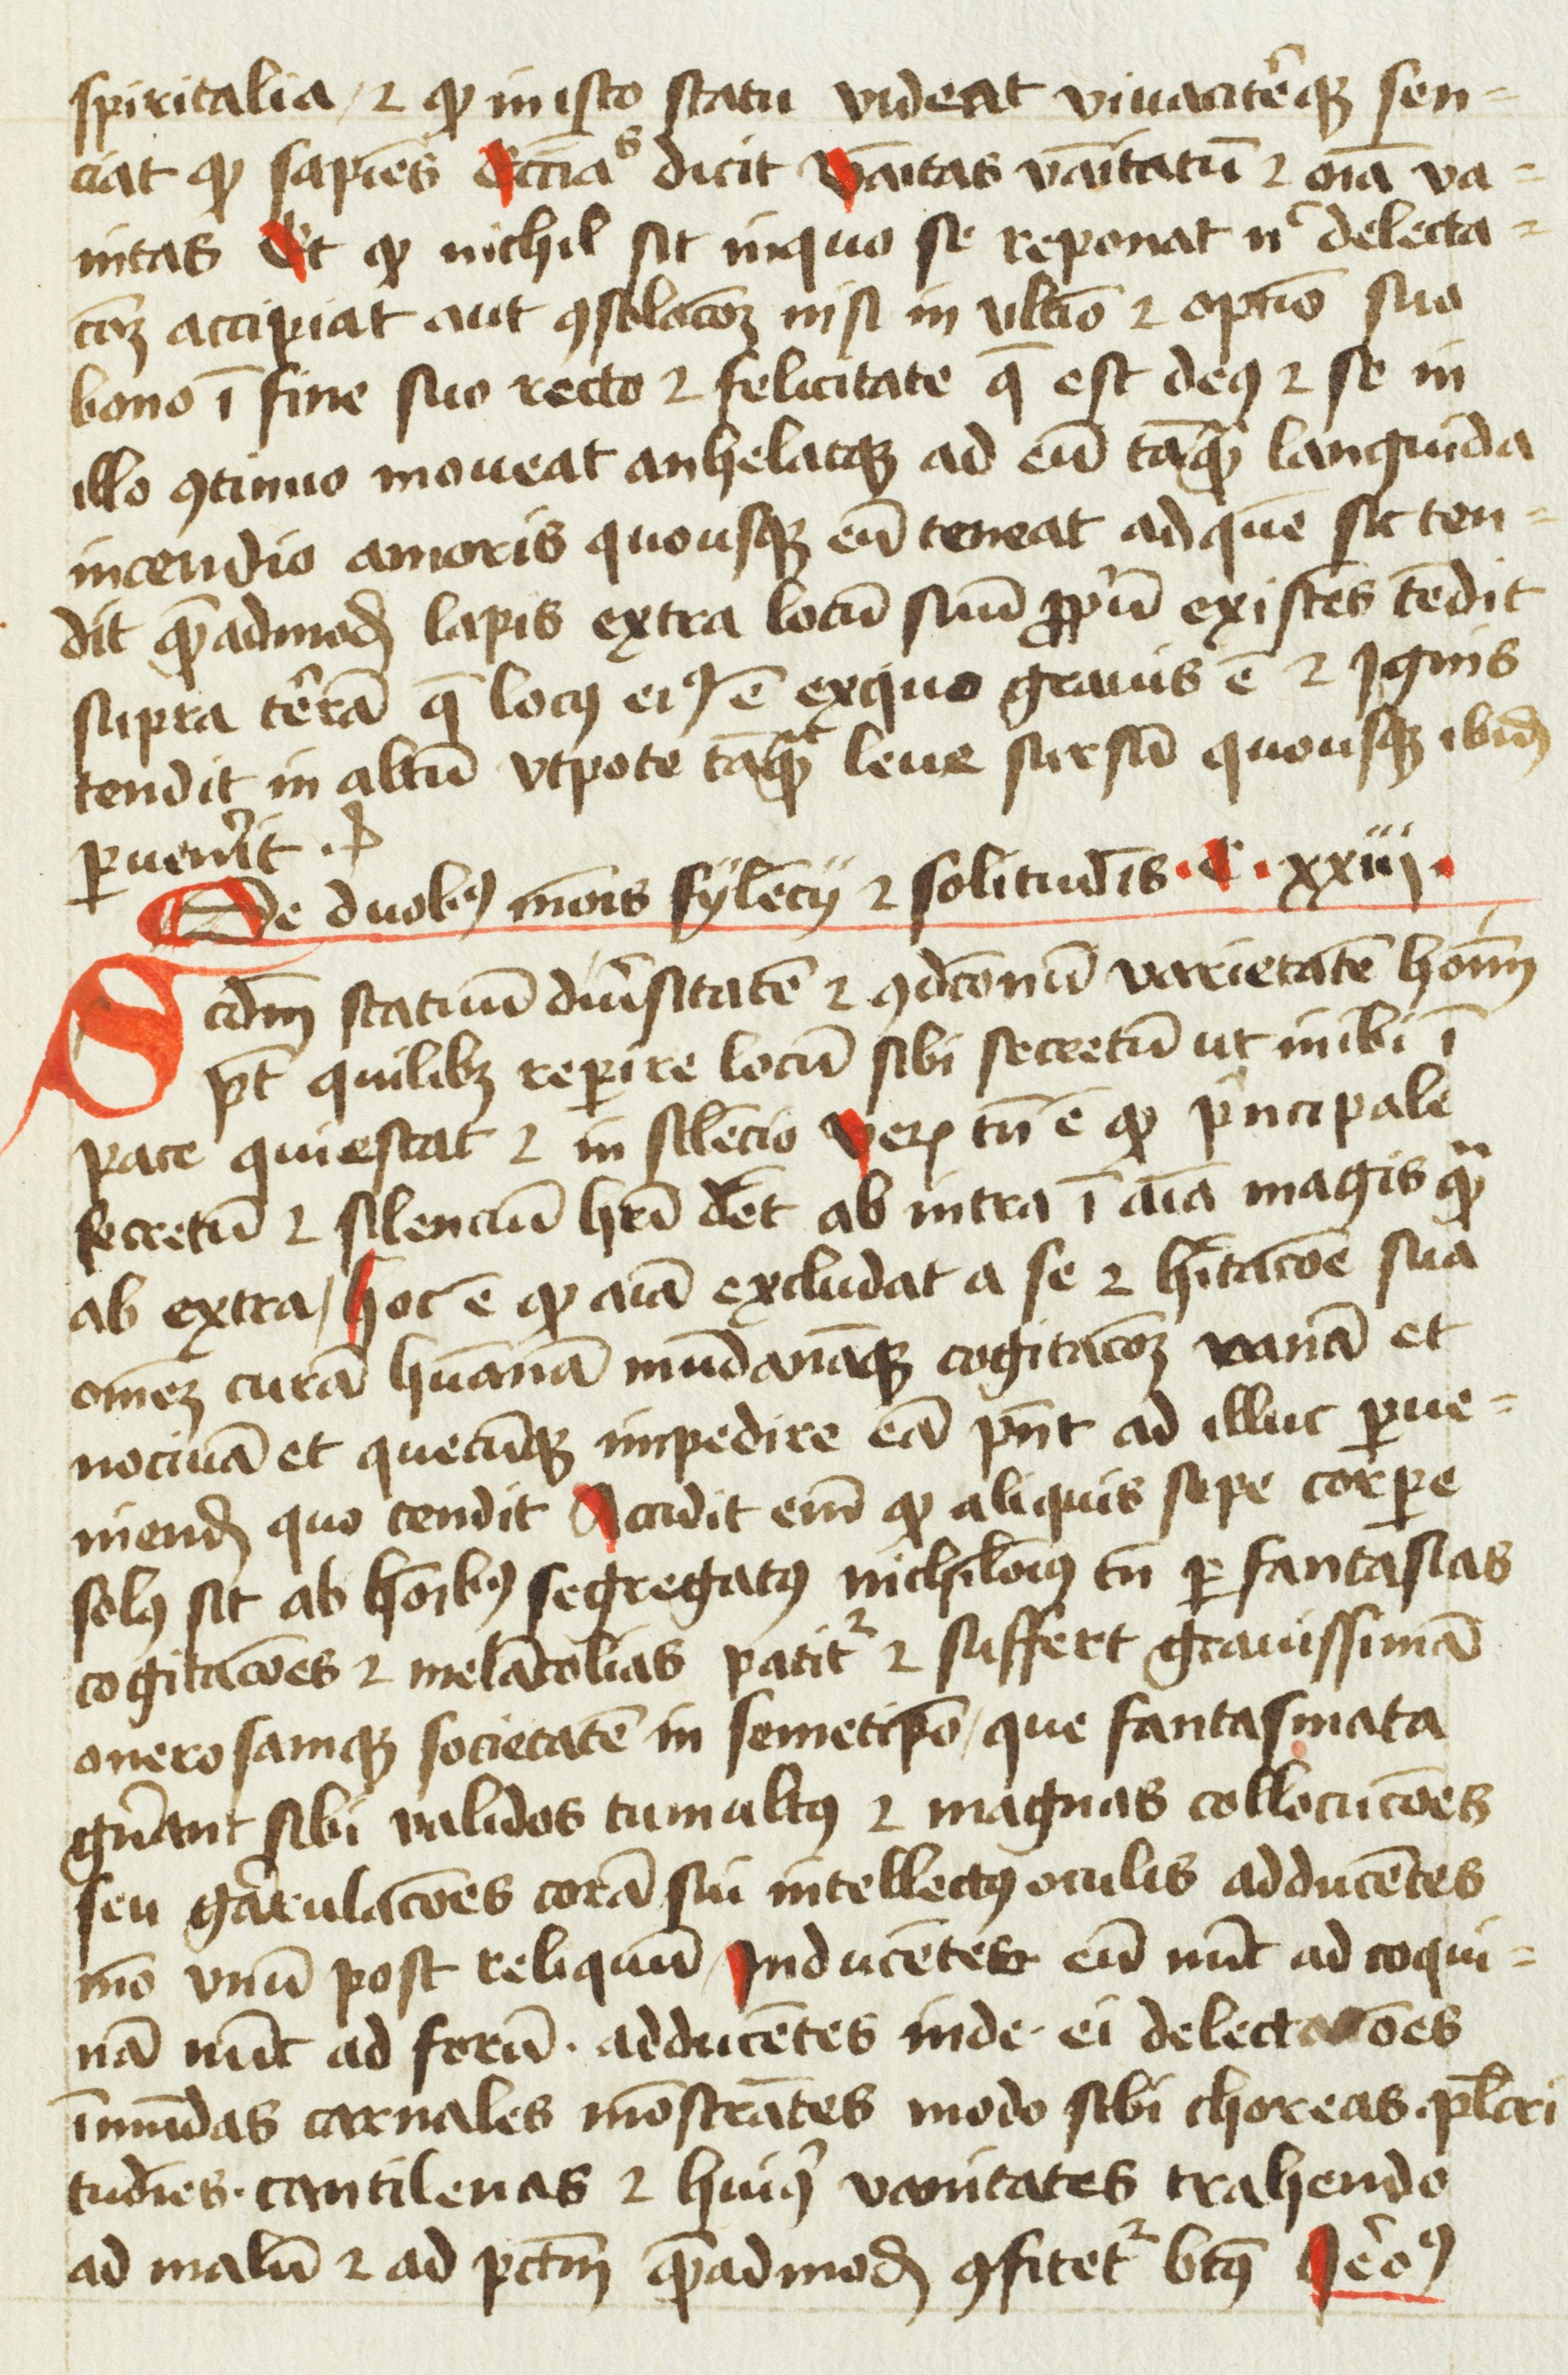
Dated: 1454–1456